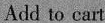
Add to cart